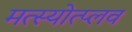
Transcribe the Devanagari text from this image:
मत्स्योत्प्लव